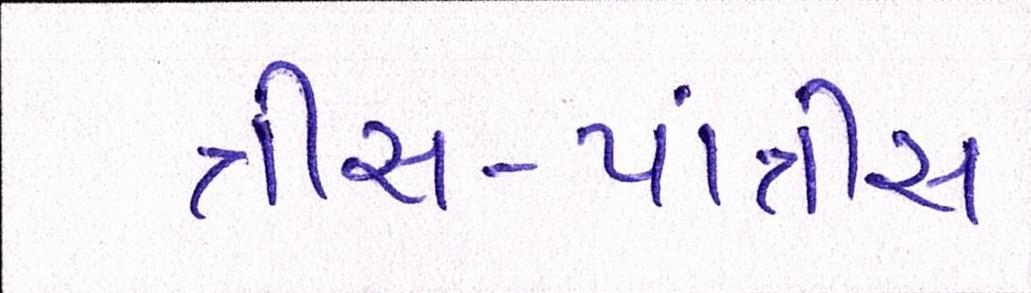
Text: ત્રીસ-પાંત્રીસ